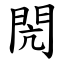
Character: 閌